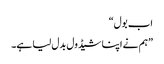
اب بول“
”ہم نے اپنا شیڈول بدل لیا ہے۔